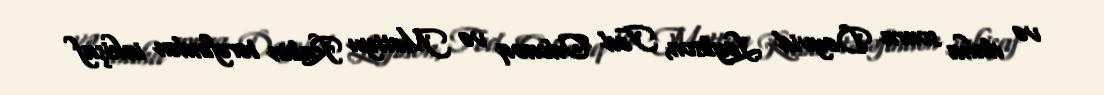
və daha sonra Deyvid Leybson, Ted Odonoq və Mettyu Rabin tərəfindən inkişaf